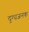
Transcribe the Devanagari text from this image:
दुग्धजनक